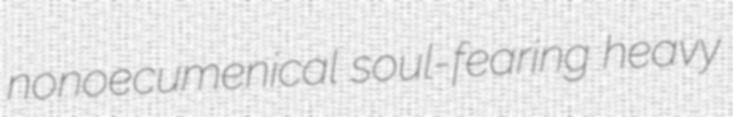
nonoecumenical soul-fearing heavy